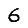
Digit: 6